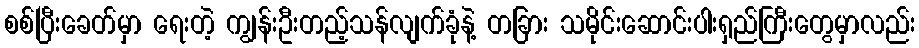
စစ်ပြီးခေတ်မှာ ရေးတဲ့ ကျွန်းဦးတည့်သန်လျက်ခုံနဲ့ တခြား သမိုင်းဆောင်းပါးရှည်ကြီးတွေမှာလည်း